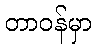
တာဝန်မှာ